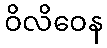
ဝိလိဝေန